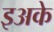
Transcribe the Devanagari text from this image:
इअके